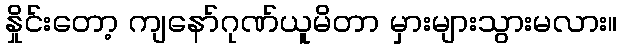
နှိုင်းတော့ ကျနော်ဂုဏ်ယူမိတာ မှားများသွားမလား။